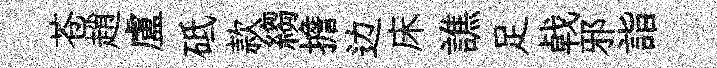
苍趙盧砥款縐擔边床譙足㦸邪詣